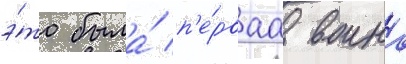
э́то была́ п'е́рваа воина